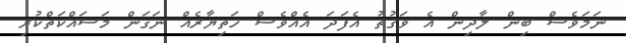
ނަމަވެސް ބިން ލާދިން އެ ވަގުތު އެފަދަ އެއްވެސް ހަތިޔާރެއް ނަގަން މަސައްކަތްކުރި